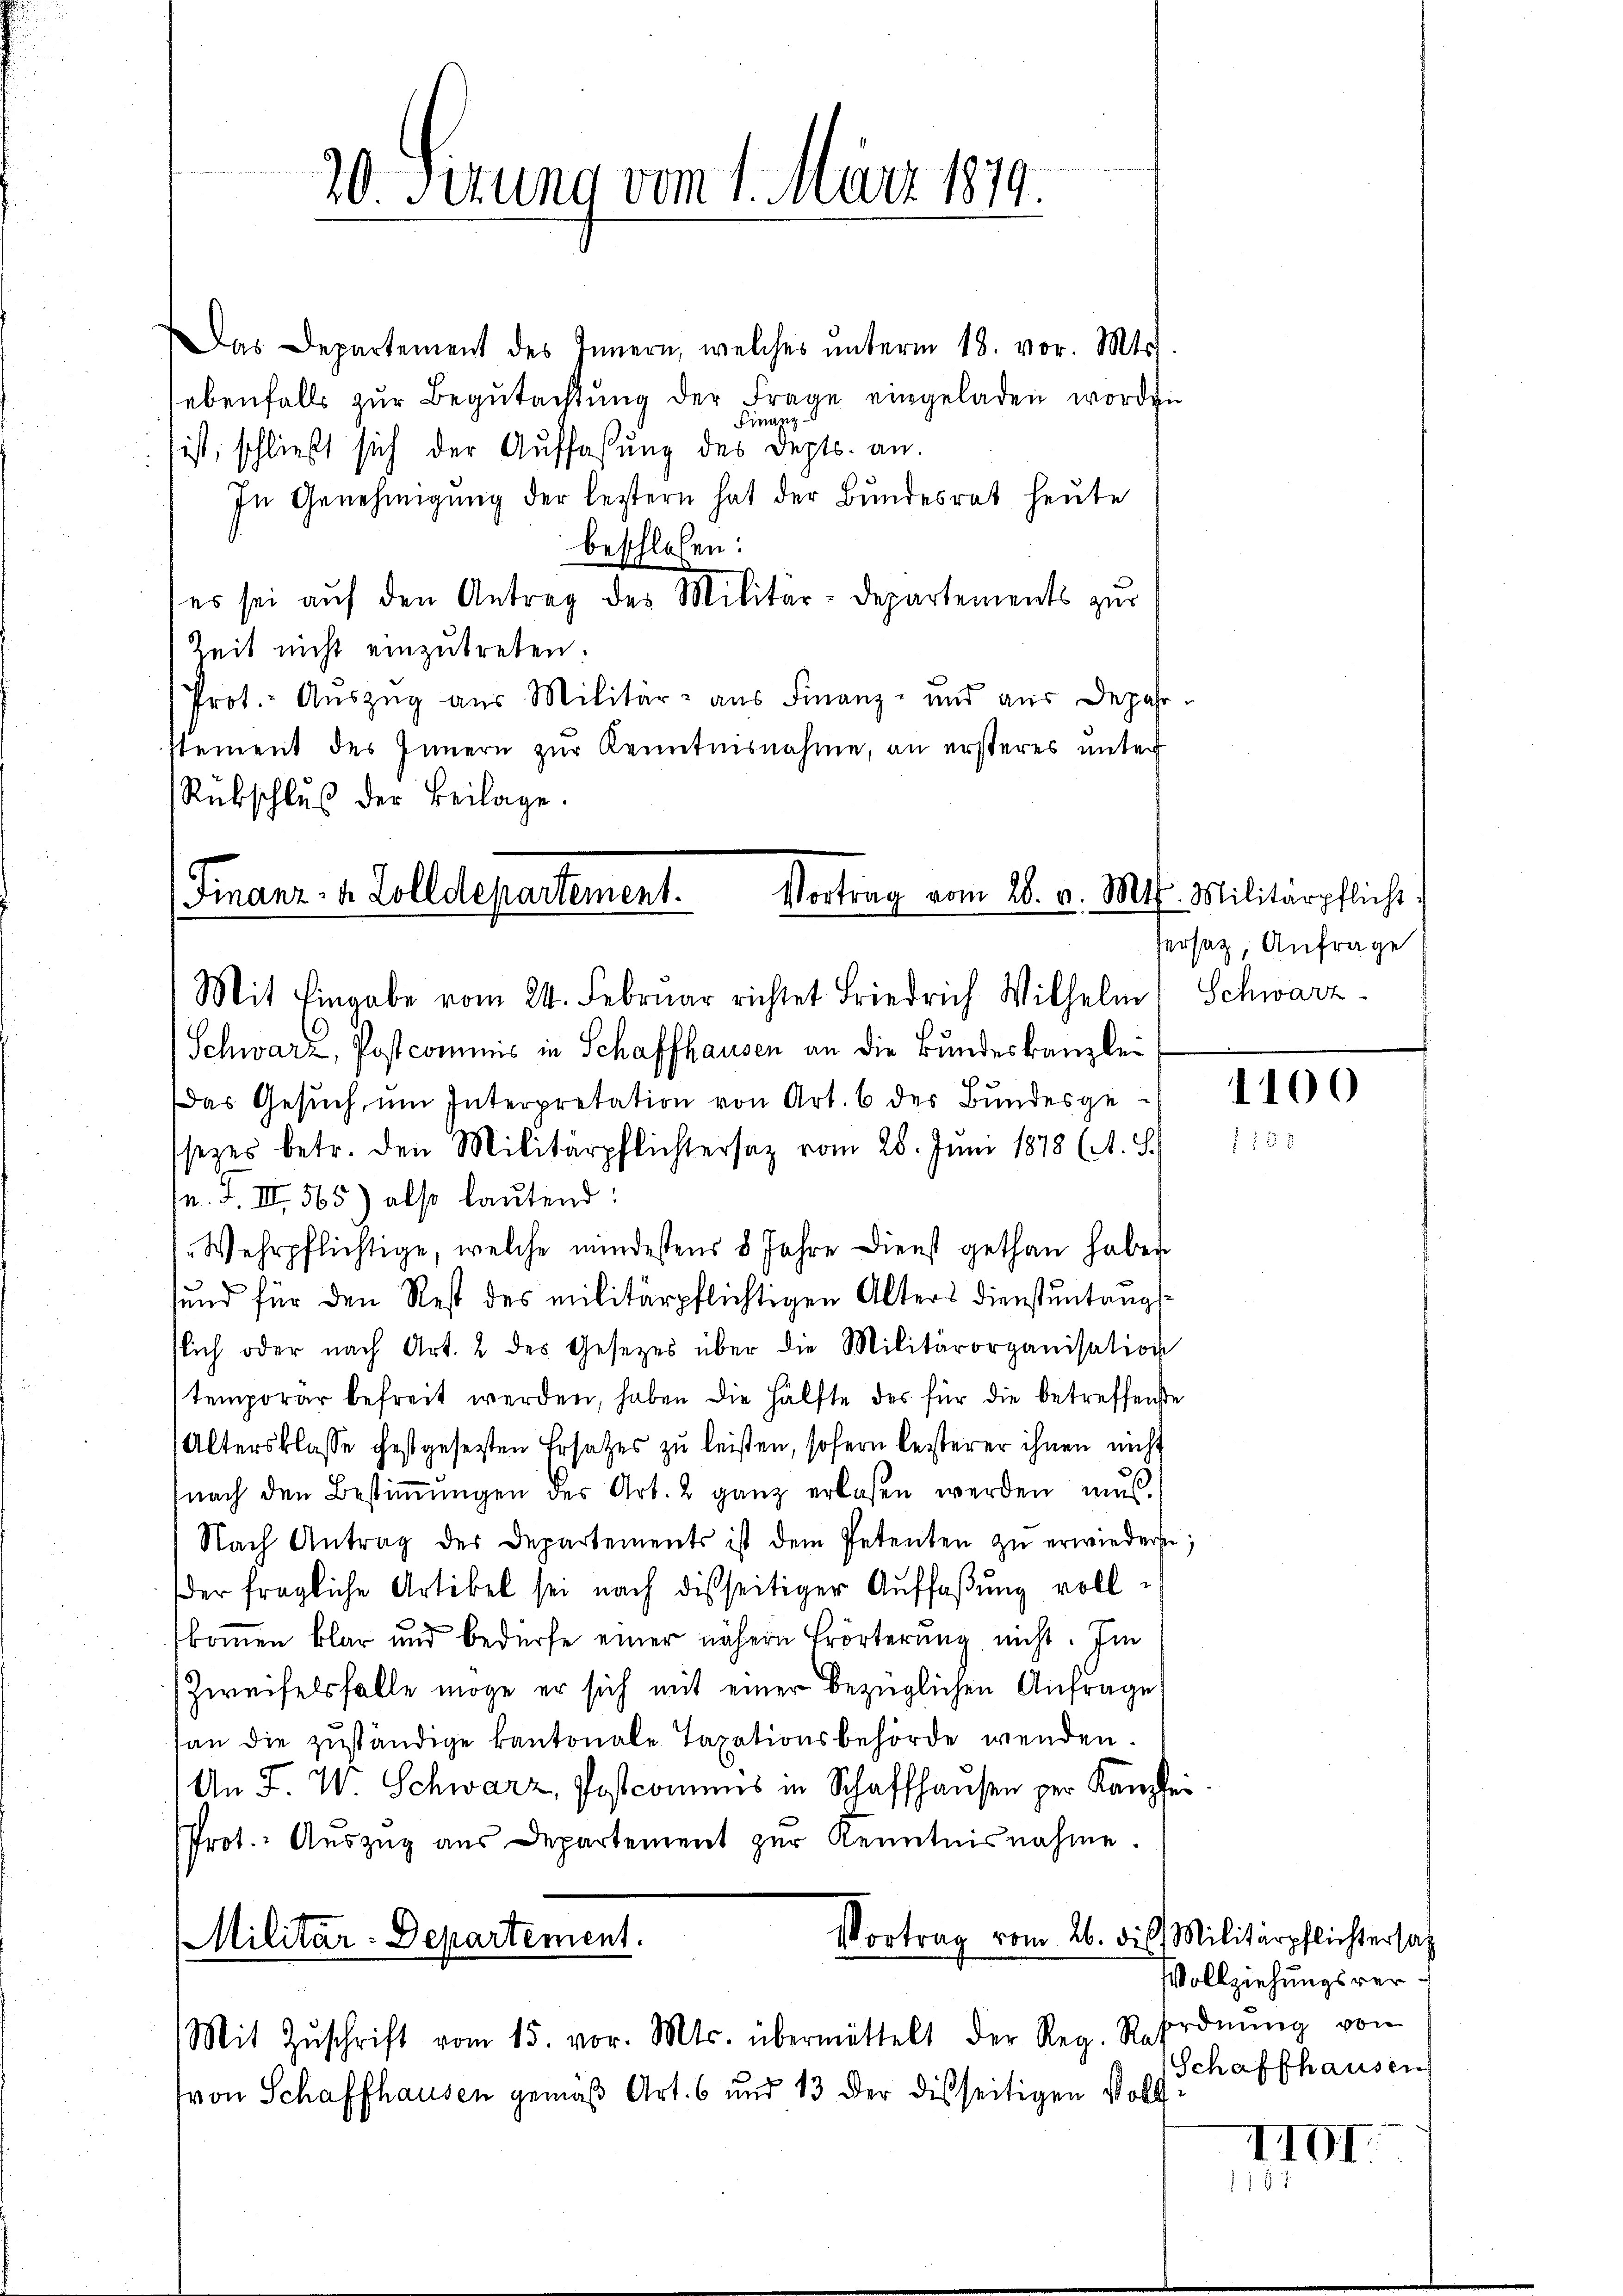
20 Serung vom 1. März 1879.

as Departement des Innern, welches ŭnterm 18. vor. Mts.
ebenfalls zur Begutachtung der Frage eingeladen worden
Firazz
ist, schließt sich der Auffassung des Depts. an.
In Genehmigŭng der lestern hat der Bundesrat heute
beschlossen:
es sei auf den Antrag des Militär-Departements zur
Zeit nicht einzutreten.
Prot.- Auszug aus Militär- aus Finanz- und aus Depar
stement des Innern zur Kenntnisnahme, an ersteres unter
Rübschluß der Beilage.

(Finanz- & Zolldepartement.
Vortrag vom 28. v. Mts. Militärpflicht
Mit Eingabe vom 24. Februar richtet Friedrich Wilhelm Schwarz¬

Schwarz, Post commis in Schaffhausen an die Bundeskanzlei
Das Gesŭch ŭm Interpretation von Art. 6 der Bundesgessezes betr. den Militärpflichtersaz vom 28. Juni 1878 (A. S.
n. F. III 565) also lautend:
1. Wehrpflichtige, welche mindestens 8 Jahre Dienst gethan haben
send für den Rest des militärpflichtigen Alters dienstentangstlich oder nach Art. 2 des Gesetzes über die Militärorganisation
temporar befreit werden, haben die Hälfte des für die betreffende
Altersklasse festgesetzten Ersatzes zu leisten, sofern besterer ihnen nicht
nach den Bestimmungen der Art. 2 ganz erlaßen werden mus
Nach Antrag des Departements ist dem Petenten zŭ erwiedern;
der fragliche Artikel sei nach disseitiger Auffaßung vollfkommen klar und bedürfe einer nähern Erörterung nicht. Im
Zweifelsfalle möge er sich mit einer bezüglichen Anfrage
an die zuständige kantonale Taxationsbehörde wenden.
An F. W. Schwarz, Postcommis in Schaffhausen per Kanzlei
Prot. Auszug aus Departement zur Kenntnisnahme.
Vortrag vom 26. die Militärpflichtersatz
Militär-Departement.
Mit Zŭschrift vom 15. vor. Mts. übermittelt der Reg. Rat
von Schaffhausen gemäß Art. 6 und 13 der disseitigen Voll

sersatz, Anfrage

1100
 15 x

Vollziehungsveroordnung von
Schaffhausen

III.
157